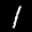
Label: 1